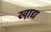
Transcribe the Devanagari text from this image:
खा़द्य